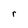
Character: r